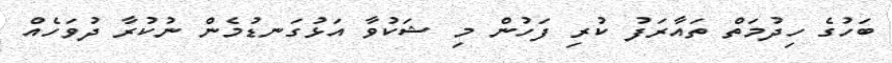
ބަހުގެ ހިދުމަތް ތައާރަފު ކުރި ފަހުން މި ޝަކުވާ އަޅުގަނޑުމެން ނުކުރާ ދުވަހެއް